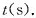
t(s).